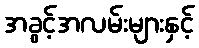
အခွင့်အလမ်းများနှင့်